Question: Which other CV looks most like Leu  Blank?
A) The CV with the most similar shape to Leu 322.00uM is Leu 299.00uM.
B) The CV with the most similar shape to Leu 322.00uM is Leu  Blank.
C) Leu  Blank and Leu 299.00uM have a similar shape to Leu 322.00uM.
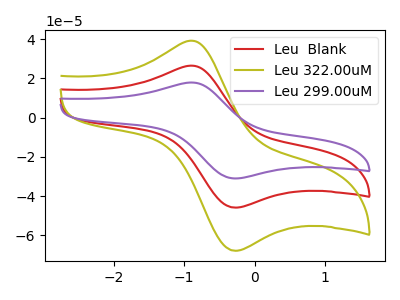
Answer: <think>The red curve "Leu  Blank" has an anodic peak at (-0.85V, 26.50uA) and a cathodic peak at (-0.30V, -45.90uA). The olive curve "Leu 322.00uM" has an anodic peak at (-0.85V, 39.20uA) and a cathodic peak at (-0.30V, -67.90uA). The purple curve "Leu 299.00uM" has an anodic peak at (-0.85V, 53.00uA) and a cathodic peak at (-0.30V, -91.75uA).
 All the peaks in "Leu  Blank" have a peak in "Leu 322.00uM" at the same potential. Every peak in "Leu  Blank" is lower than every peak in "Leu 322.00uM". All the peaks in "Leu  Blank" have a peak in "Leu 299.00uM" at the same potential. Every peak in "Leu  Blank" is lower than every peak in "Leu 299.00uM". All the peaks in "Leu 322.00uM" have a peak in "Leu 299.00uM" at the same potential. Every peak in "Leu 322.00uM" is lower than every peak in "Leu 299.00uM".</think>
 <answer>C) "Leu  Blank" and "Leu 299.00uM" have a similar shape to "Leu 322.00uM".</answer>
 <eval>C</eval>